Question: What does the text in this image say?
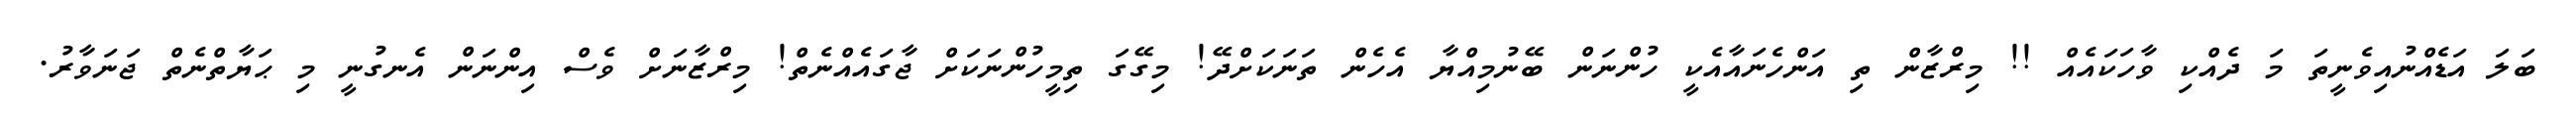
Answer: ބަލަ އަޑެއްނުއިވެނީތަ މަ ދެއްކި ވާހަކައެއް !! މިރްޒާން ތި އަންހެނައާއެކީ ހުންނަން ބޭނުމިއްޔާ އެހެން ތަނަކަށްދޭ! މިގޭގަ ތިމީހުންނަކަށް ޖާގައެއްނެތް! މިރްޒާނަށް ވެސް އިންނަން އެނގުނީ މި ޙަޔާތްނެތް ޖަނަވާރު.